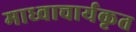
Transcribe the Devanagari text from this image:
माध्वाचार्यकृत